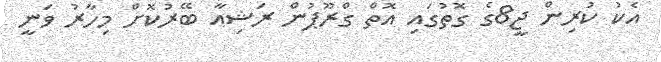
އެކު ކުރިން ޖީ8ގެ ގޮތުގައި އޮތް ގްރޫޕުން ރަޝިއާ ބޭރުކޮށް މިހާރު ވަނީ